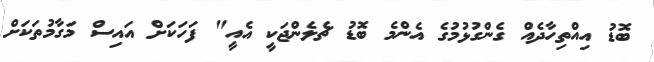
ބޮޑު އިއްތިހާދެއް ގެންގުޅުމުގެ އެންމެ ބޮޑު ޗެލެންޖަކީ އެއީ" ފަހަކަށް އައިސް މަގާމުތަކަށް